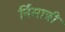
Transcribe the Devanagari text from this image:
र्निमात्री